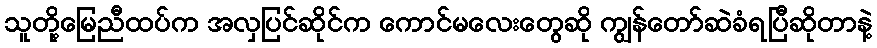
သူတို့မြေညီထပ်က အလှပြင်ဆိုင်က ကောင်မလေးတွေဆို ကျွန်တော်ဆဲခံရပြီဆိုတာနဲ့